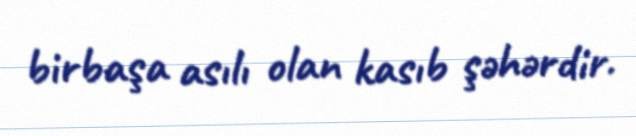
birbaşa asılı olan kasıb şəhərdir.